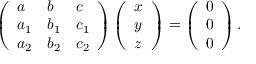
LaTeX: \left( { \begin{array} { l l l } { a } & { b } & { c } \\ { a _ { 1 } } & { b _ { 1 } } & { c _ { 1 } } \\ { a _ { 2 } } & { b _ { 2 } } & { c _ { 2 } } \end{array} } \right) \left( { \begin{array} { l } { x } \\ { y } \\ { z } \end{array} } \right) = \left( { \begin{array} { l } { 0 } \\ { 0 } \\ { 0 } \end{array} } \right) .